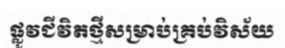
ផ្លូវជីវិតថ្មីសម្រាប់គ្រប់វិស័យ